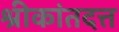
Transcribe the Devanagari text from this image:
श्रीकांतदत्त